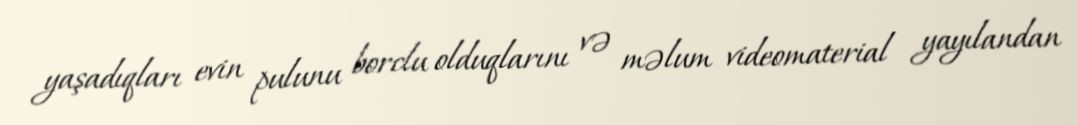
yaşadıqları evin pulunu borclu olduqlarını və məlum videomaterial yayılandan